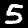
Label: 5